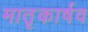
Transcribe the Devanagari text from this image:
मातृकार्षव